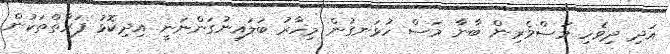
އަދި ދިވެހި މަސްވެރިން ބާނާ މަސް ހުޅަނގުން މިހާރު ބަލައިނުގަންނަނީ އިދިކޮޅު ފަރާތްތަކުން